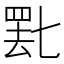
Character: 𬙞